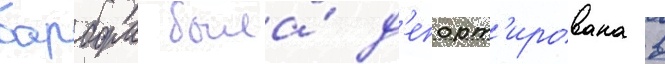
барбора была́ д'епорт'ирована в